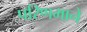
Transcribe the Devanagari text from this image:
परिणमाने